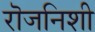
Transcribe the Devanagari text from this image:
रॊजनिशी